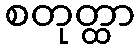
စတုတ္ထာ